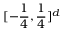
[ - \frac 1 4 , \frac 1 4 ] ^ { d }